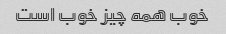
خوب همه چیز خوب است